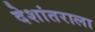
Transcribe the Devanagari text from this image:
देशांतराला